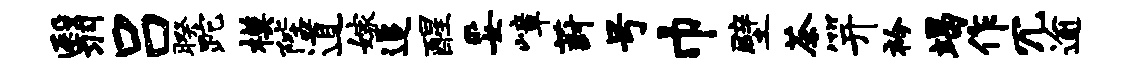
翳吕暌跎模陛道嫁追醒妥嶂葑号巾壁茶笄衿竭作冗逾